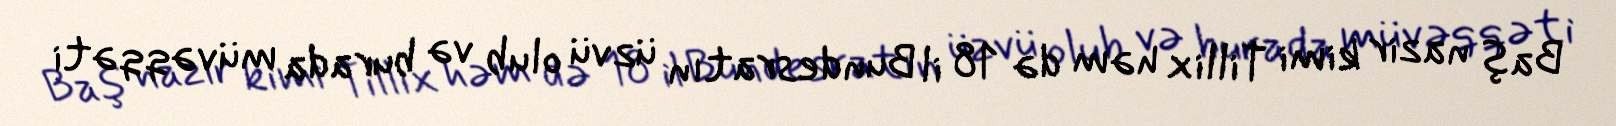
Baş nazir kimi Tillix həm də 18 il Bundesratın üzvü olub və burada müvəqqəti